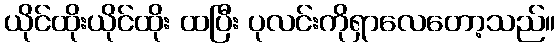
ယိုင်ထိုးယိုင်ထိုး ထပြီး ပုလင်းကိုရှာလေတော့သည်။